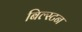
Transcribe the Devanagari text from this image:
बिल्स्टन